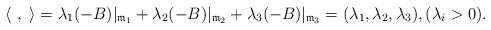
\begin{align*} \langle \ , \ \rangle=\lambda_1(-B)|_{\frak{m}_1}+\lambda_2(-B)|_{\frak{m}_2}+\lambda_3(-B)|_{\frak{m}_3}= (\lambda_1,\lambda_2,\lambda_3), (\lambda _i>0).\end{align*}